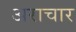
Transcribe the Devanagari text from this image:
अराचार